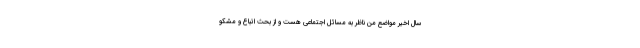
سال اخیر مواضع من ناظر به مسائل اجتماعی هست و از بحث اتباع و مشکو